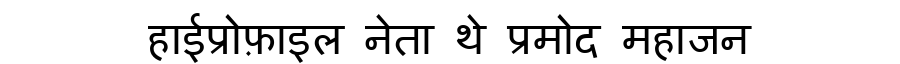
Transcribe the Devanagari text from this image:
हाईप्रोफ़ाइल नेता थे प्रमोद महाजन